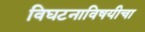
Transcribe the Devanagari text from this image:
विघटनाविषयीचा